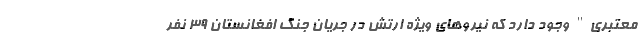
معتبری" وجود دارد که نیروهای ویژه ارتش در جریان جنگ افغانستان ۳۹ نفر